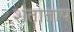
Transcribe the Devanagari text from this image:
शंताताप